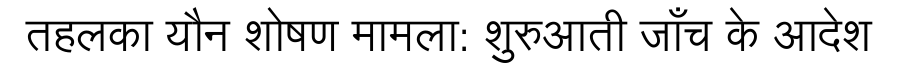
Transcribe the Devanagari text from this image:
तहलका यौन शोषण मामला: शुरुआती जाँच के आदेश